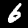
Digit: 6